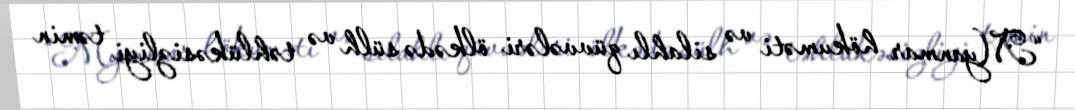
“Myanmar hökuməti və silahlı qüvvələri ölkədə sülh və təhlükəsizliyi təmin